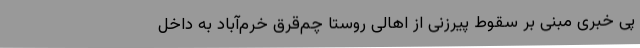
پی خبری مبنی بر سقوط پیرزنی از اهالی روستا چم‌قرق خرم‌آباد به داخل